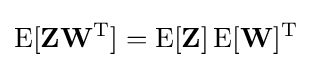
\operatorname {E} [\mathbf {Z} \mathbf {W} ^{\rm {T}}]=\operatorname {E} [\mathbf {Z} ]\operatorname {E} [\mathbf {W} ]^{\rm {T}}